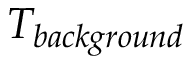
T _ { b a c k g r o u n d }